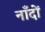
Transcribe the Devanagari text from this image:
नाँदों